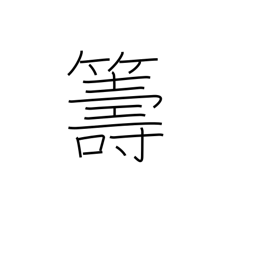
Meaning: plan